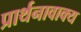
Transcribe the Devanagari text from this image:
प्रार्थनावाक्य